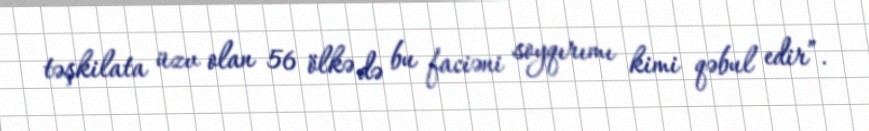
təşkilata üzv olan 56 ölkə də bu faciəni soyqırımı kimi qəbul edir”.